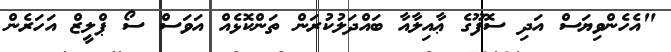
"އެހެންވިޔަސް އަދި ސޮފޫގެ ޢާއިލާއާ ބައްދަލުކުރަން ތަންކޮޅެއް އަވަސް ސޯ ޕްލީޒް އަހަރެން